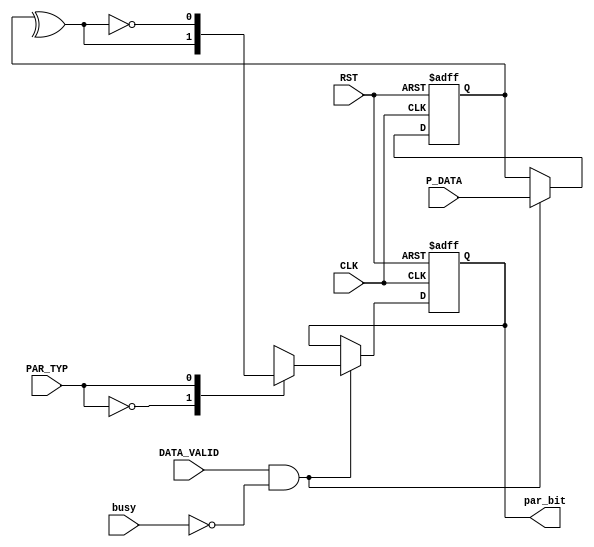
module UART_parity_calc 
(
    input           DATA_VALID,
    input  [7:0]    P_DATA,
    input           PAR_TYP,
    input           busy,
    input           CLK, RST,
    output  reg     par_bit
);
reg     [7:0]   p_data;

always @(posedge CLK, negedge RST) begin
    if (!RST) begin
        p_data <= 0;
        par_bit <= 0; 

    end
    else if (DATA_VALID && !busy) begin
        p_data <= P_DATA;

        case (PAR_TYP)
        1'b0: begin
            
            par_bit <= (^p_data) ;
        end
        1'b1: begin
            
            par_bit <= ~(^p_data) ;
        end
        //default: 
        endcase
    end
    
    /*
    if ( DATA_VALID && (PAR_TYP && (^p_data) | !PAR_TYP && !(^p_data) )) begin      // PAR_TYP 1: odd parity and there is odd no of 1's
        par_bit = 1'b1;
    end
    else if ( DATA_VALID && ( (PAR_TYP && !(^p_data)) | (!PAR_TYP && ((^p_data))) ) ) begin
        par_bit = 1'b0;
    end
    */
end
    
endmodule